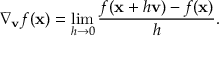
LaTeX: \nabla _ { \mathbf { v } } { f } ( \mathbf { x } ) = \operatorname* { l i m } _ { h \rightarrow 0 } { \frac { f ( \mathbf { x } + h \mathbf { v } ) - f ( \mathbf { x } ) } { h } } .